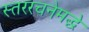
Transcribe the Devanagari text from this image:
स्तररचनेमद्धे